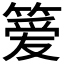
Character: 𫂖